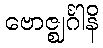
ဗောဇ္ဈင်္ဂါနိ